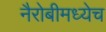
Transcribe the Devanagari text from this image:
नैरोबीमध्येच